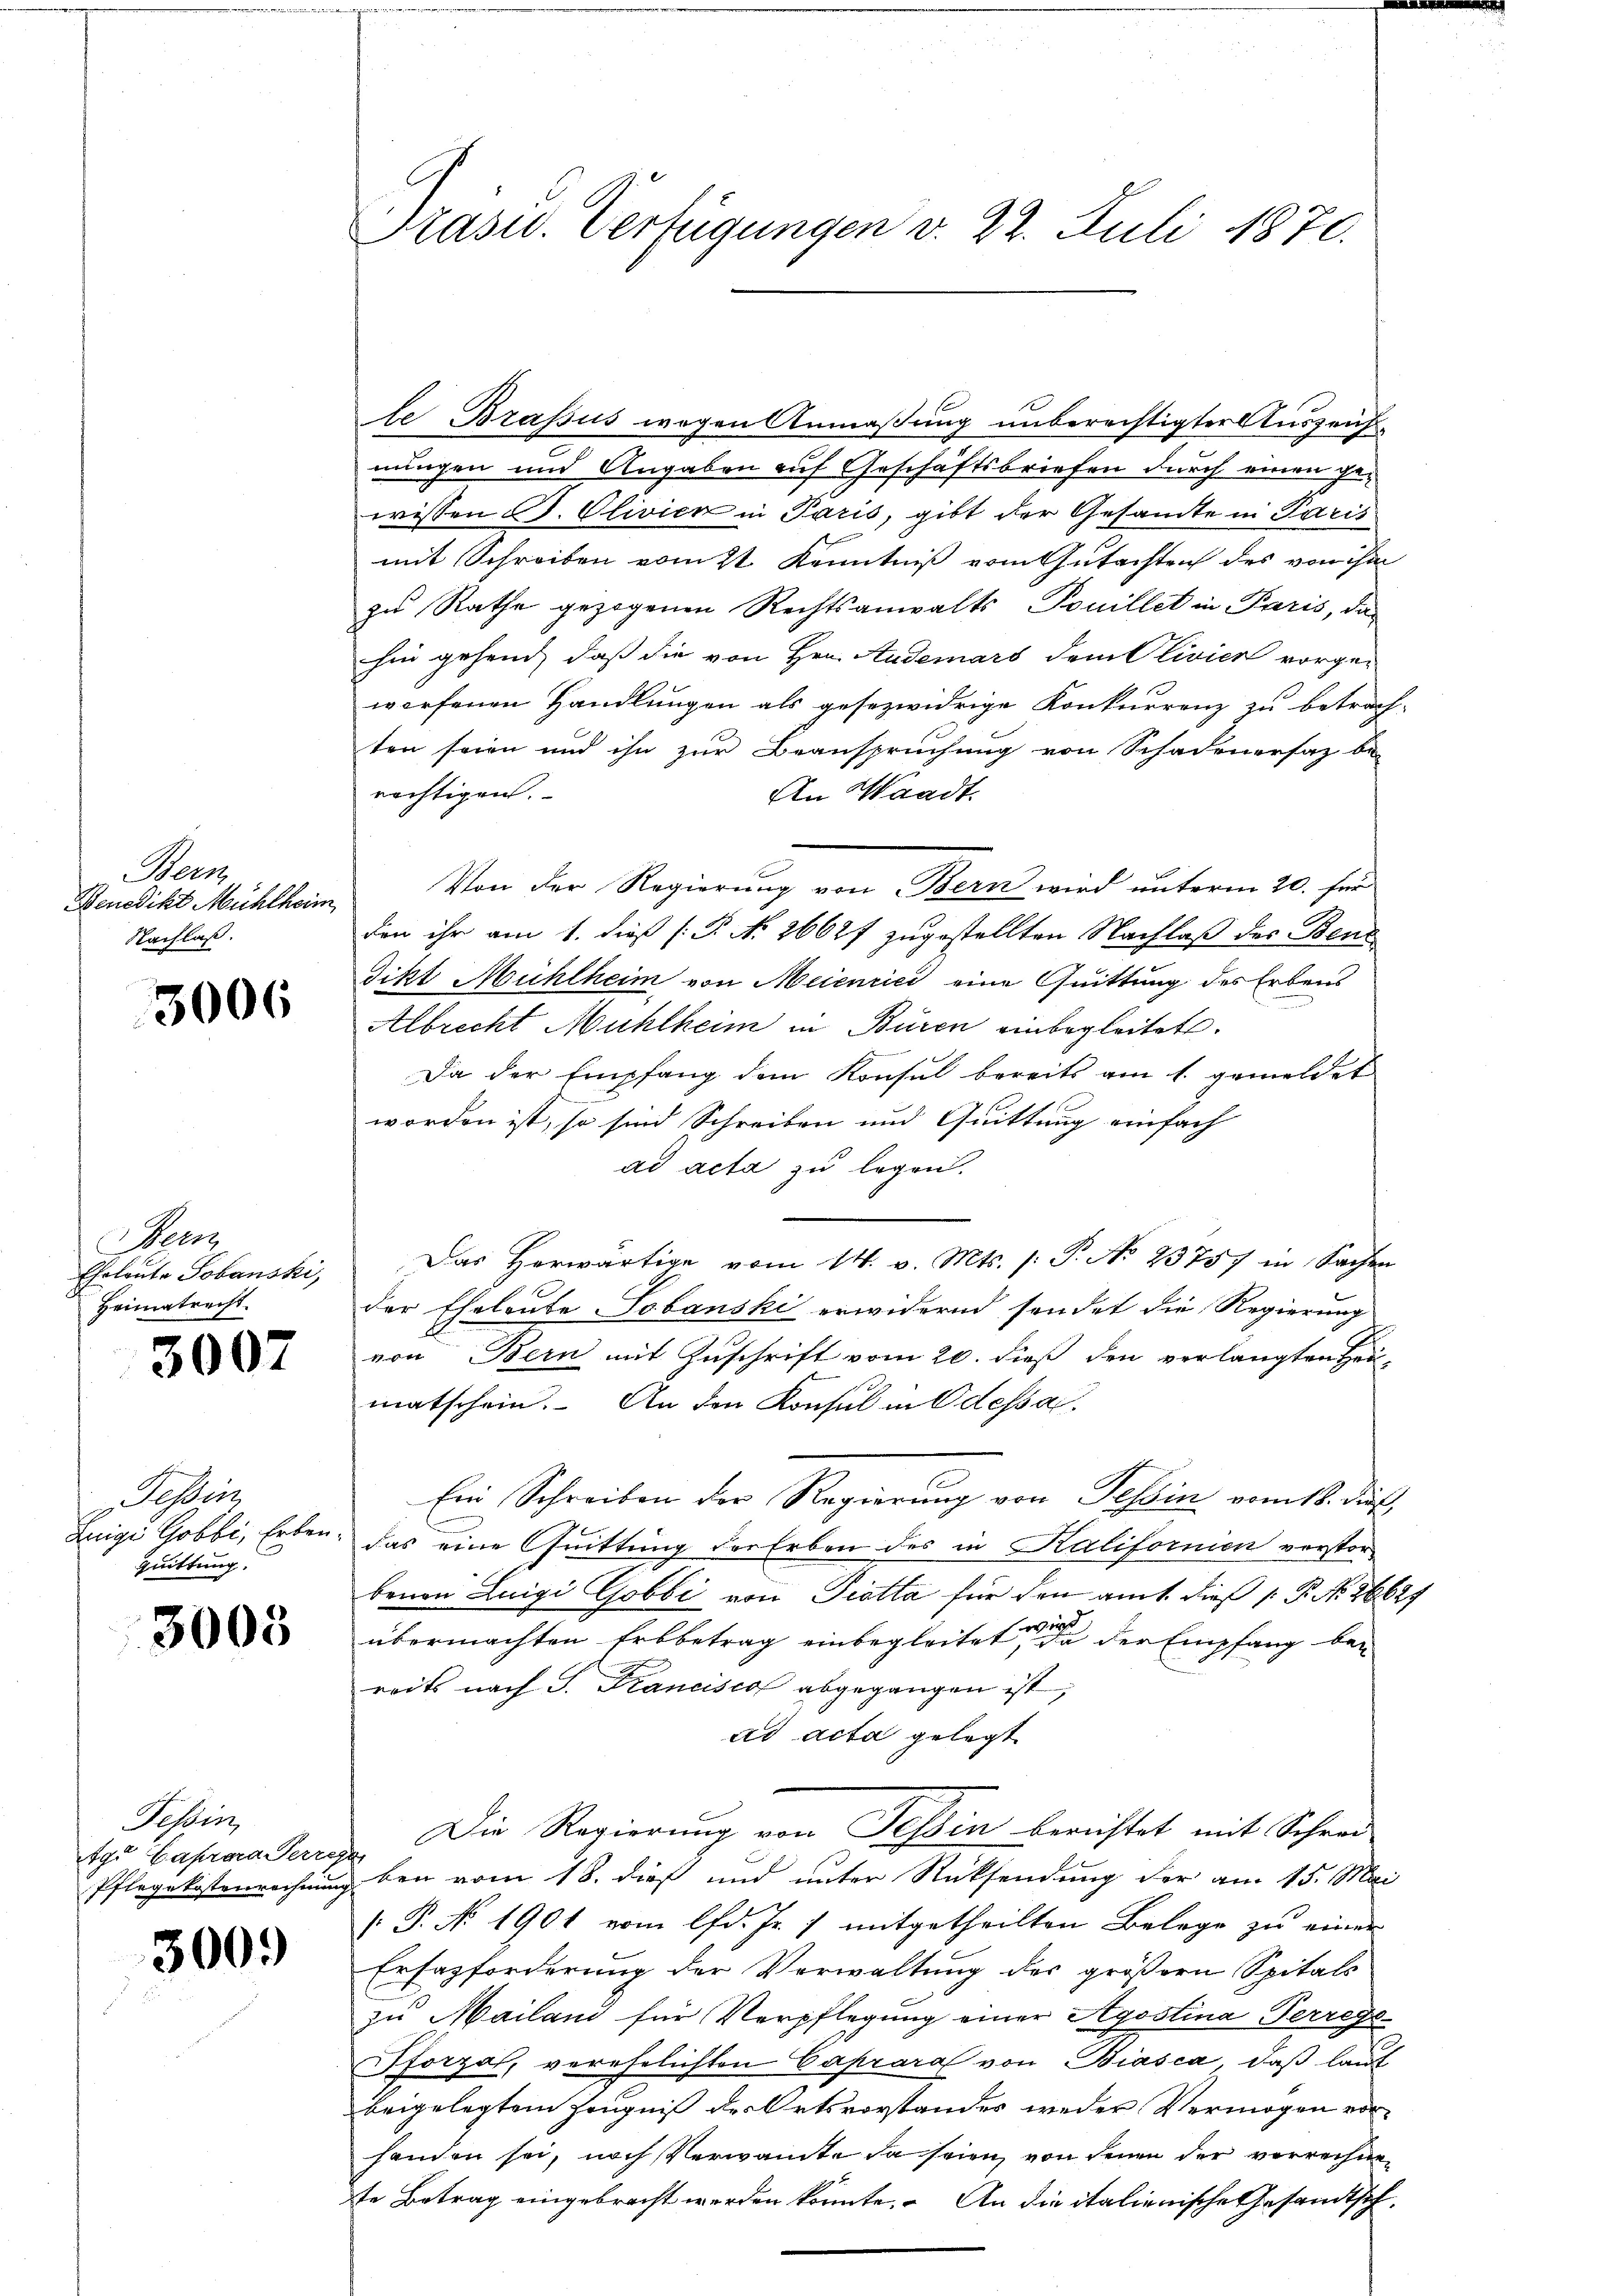
Bern
Benedikt Mühlheim,
Nachlaß.

3006

Bern
Eheleute Sobauski,
Heimatrecht.

3007

Tessin
Luigi Gobbi, Erben
Quittung.

3005

Tessin,
g. Caprara Perre
Pflegekostenreihun

300.

Präsid. Verfügungen d. 22. Juli 1870.

le Brassus wegen Anmaßung unberechtigter Auszeich
nungen und Angaben auf Geschäftsbriefen durch einen gewissen d. Olivier in Paris, gibt der Gesamte in Paris
mit Schreiben vom 2t. Kenntniß vom Gutachten des von ihm
zu Rathe gezogenen Rechtsanwalts Pouillet in Paris, das
hin gehend, daß die von Hrn. Anderars dem Olivier vorge-
worfenen Handlungen als gesezwidrige Konkurrenz zu betrach-
ten seien und ihn zur Beanspruchung von Schadenersaz be-
rächtigen.
An Waadt.
Von der Regierung von Bern wird unterm 20. Fun
den ihr am 1. dieß P. N. 2662f zugestellten Nachlaß des Bend
Fikt Mühlheim von Meienrici eine Quittung des Erbens
Albrecht Mühlheim in Buren einbegleitet.
Da der Empfang dem Konsul bereits am 1. gemeldet
worden ist, so sind Schreiben und Quittung einfach
ad acta zu legen.
Das herwärtige vom 14. v. Mts. /: P. No 23757 in Sachen
der Eheleute Sobanski erwidernd sendet die Regierung
von Bern mit Zuschrift vom 20. dieß den verlangten Heimatschein. An den Konsul in Odessa
Ein Schreiben der Regierung von Tessin vom 18. dieß
das eine Quittung der Erben des in Kalifornien vorstor-
benen Luigi Gobbi von Piotta für den amt dieß P. No. 26629
übermachten Erbbetrag einbegleitet in der Empfang bereits nach P. Francisca abgegangen ist,
ad acta gelegt
Die Regierung von Tessin berichtet mit Schrei-
a
ben vom 18. dieß und unter Rücksendung der am 15. Mai
 P. No 1901 vom lfd. Js. 1 mitgetheilten Belege zu einer
Erfazforderung der Verwaltung des größern Spitals
zu Mailani für Verpflegung einer Agostina Perregs-
Pforza, verehelichten Caprara von Biasca, daß laut
beigelegtem Zeugniß der Ortsvorstandes weder Vermögen vorhanden sei, nach Verwandte da seien, von jenen der verrechneste Betrag eingebracht werden könnte. An die italienische Gesandtsch